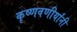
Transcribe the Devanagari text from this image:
कृष्णवणीर्यांनी